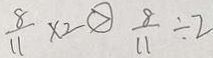
\frac { 8 } { 1 1 } \times 2 \textcircled { > } \frac { 8 } { 1 1 } \div 2